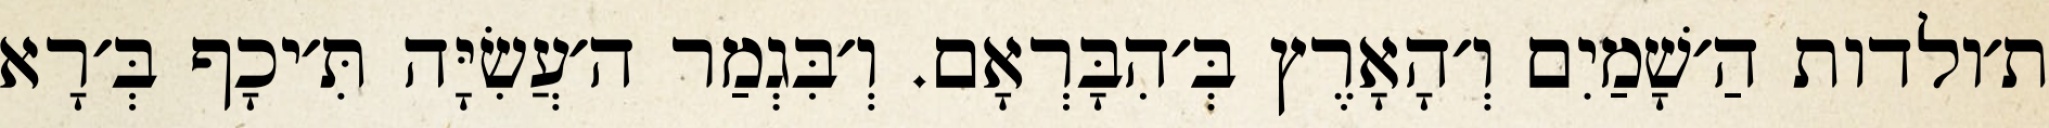
ת׳ולדות הַ׳שָׁמַיִם וְ׳הָאָרֶץ בְּ׳הִבָּרְאָם. וְ׳בִּגְמַר ה׳עֲשִׂיָּה תִּ׳יכָף בְּ׳רָא